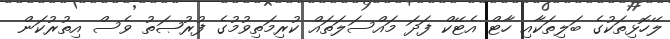
ލޭހޮޅިތަކުގެ ބަލިތަކާއި ހާޓް އެޓޭކް ފަދަ މައްސަލަތައް ކުރިމަތިވުމުގެ ފުރުޞަތު ވެސް އިތުރުކަން